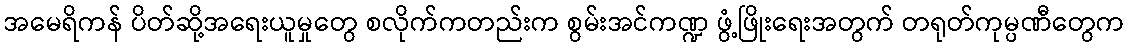
အမေရိကန် ပိတ်ဆို့အရေးယူမှုတွေ စလိုက်ကတည်းက စွမ်းအင်ကဏ္ဍ ဖွံ့ဖြိုးရေးအတွက် တရုတ်ကုမ္ပဏီတွေက